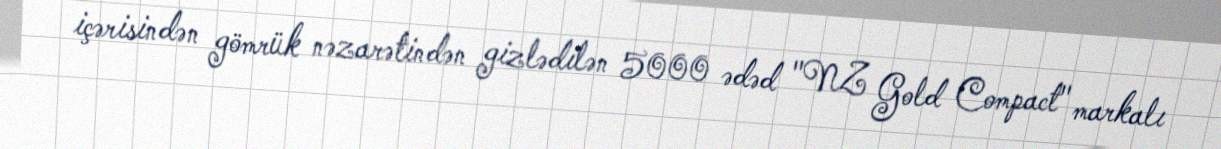
içərisindən gömrük nəzarətindən gizlədilən 5000 ədəd "NZ Gold Compact" markalı